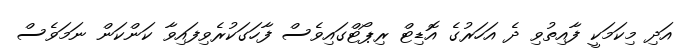
އަދި މިކަމަކީ ފާއިތުވި ދެ އަހަރުގެ އޮޑިޓް ރިޕޯޓްގައިވެސް ފާހަގަކުރެވިފައިވާ ކަންކަން ނަމަވެސް